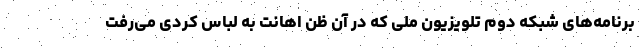
برنامه‌های شبکه دوم تلویزیون ملی که در آن ظن اهانت به لباس کردی می‌رفت